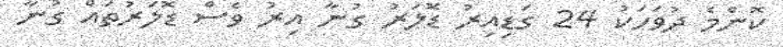
ކޮންމެ ދުވަހަކު 24 ގަޑިއިރު ޑޮލަރު ގުނާ އިރު ވެސް ޑޮލަރުތައް ގުނާ